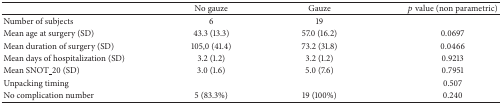
<table><thead><tr><td><b> </b></td><td><b>No gauze</b></td><td><b>Gauze</b></td><td><b><i>p</i> value (non parametric)</b></td></tr></thead><tbody><tr><td>Number of subjects</td><td>6</td><td>19</td><td> </td></tr><tr><td>Mean age at surgery (SD)</td><td>43.3 (13.3)</td><td>57.0 (16.2)</td><td>0.0697</td></tr><tr><td>Mean duration of surgery (SD)</td><td>105,0 (41.4)</td><td>73.2 (31.8)</td><td>0.0466</td></tr><tr><td>Mean days of hospitalization (SD)</td><td>3.2 (1.2)</td><td>3.2 (1.2)</td><td>0.9213</td></tr><tr><td>Mean SNOT_20 (SD)</td><td>3.0 (1.6)</td><td>5.0 (7.6)</td><td>0.7951</td></tr><tr><td>Unpacking timing</td><td> </td><td> </td><td>0.507</td></tr><tr><td>No complication number</td><td>5 (83.3%)</td><td>19 (100%)</td><td>0.240</td></tr></tbody></table>